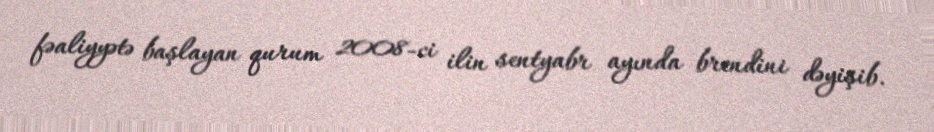
fəaliyyətə başlayan qurum 2008-ci ilin sentyabr ayında brendini dəyişib.